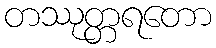
တဿုတ္တရတော